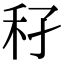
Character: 𥝔